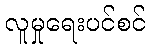
လူမှုရေးပင်စင်